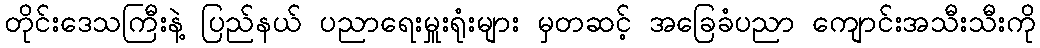
တိုင်းဒေသကြီးနဲ့ ပြည်နယ် ပညာရေးမှူးရုံးများ မှတဆင့် အခြေခံပညာ ကျောင်းအသီးသီးကို